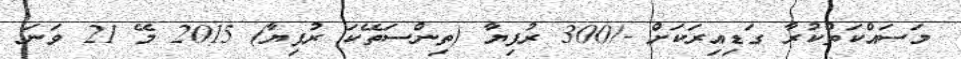
މަސައްކަތްކުރާ ގަޑިއިރަކަށް -/300 ރުފިޔާ (ތިންސަތޭކަ ރުފިޔާ) 2015 މޭ 21 ވަނަ